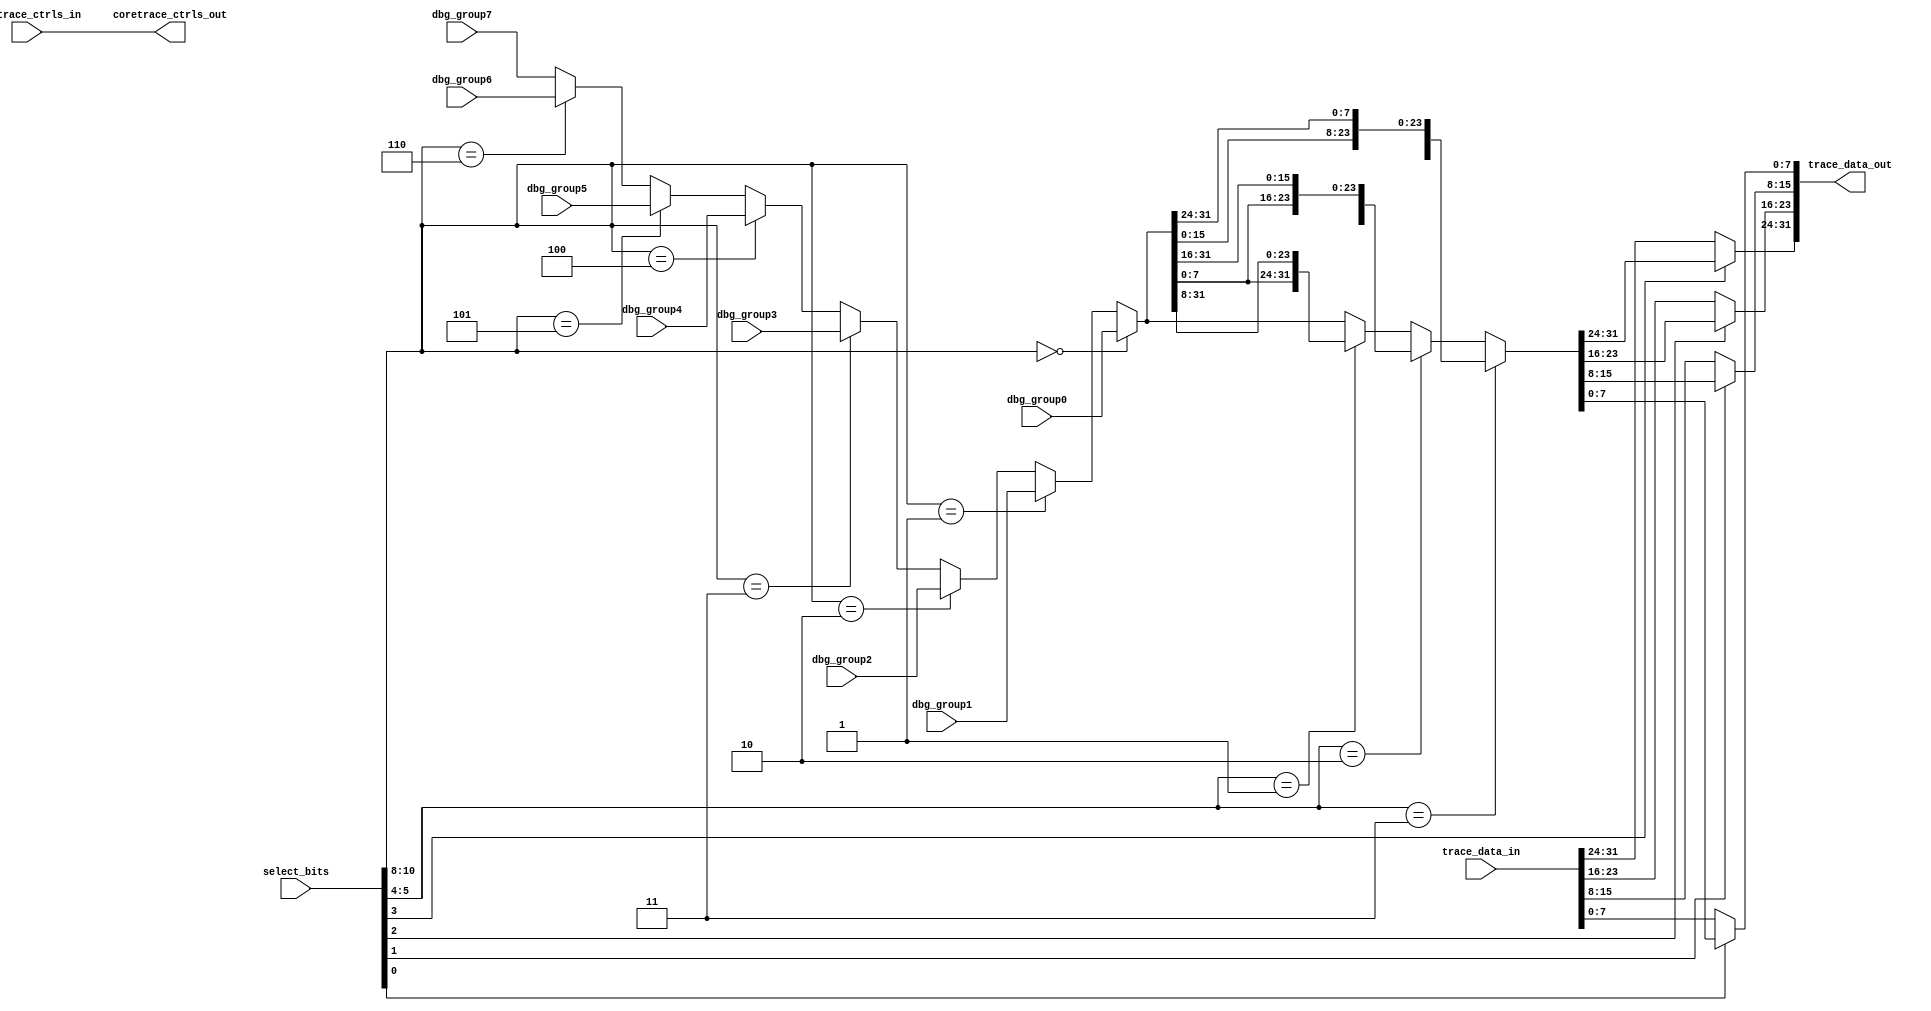
//  IBM Corp. 2020
// Licensed under the Apache License, Version 2.0 (the "License"), as modified by
// the terms below; you may not use the files in this repository except in
// compliance with the License as modified.
// You may obtain a copy of the License at http://www.apache.org/licenses/LICENSE-2.0
//
// Modified Terms:
//
//    1) For the purpose of the patent license granted to you in Section 3 of the
//    License, the "Work" hereby includes implementations of the work of authorship
//    in physical form.
//
//    2) Notwithstanding any terms to the contrary in the License, any licenses
//    necessary for implementation of the Work that are available from OpenPOWER
//    via the Power ISA End User License Agreement (EULA) are explicitly excluded
//    hereunder, and may be obtained from OpenPOWER under the terms and conditions
//    of the EULA.  
//
// Unless required by applicable law or agreed to in writing, the reference design
// distributed under the License is distributed on an "AS IS" BASIS, WITHOUT
// WARRANTIES OR CONDITIONS OF ANY KIND, either express or implied. See the License
// for the specific language governing permissions and limitations under the License.
// 
// Additional rights, including the ability to physically implement a softcore that
// is compliant with the required sections of the Power ISA Specification, are
// available at no cost under the terms of the OpenPOWER Power ISA EULA, which can be
// obtained (along with the Power ISA) here: https://openpowerfoundation.org. 

//********************************************************************
//*
//* TITLE: Debug Mux Component (8:1 Debug Groups; 4:1 Trigger Groups)
//*
//* NAME: tri_debug_mux8.vhdl
//*
//********************************************************************

module tri_debug_mux8(
//   vd,
//   gd,
   select_bits,
   dbg_group0,
   dbg_group1,
   dbg_group2,
   dbg_group3,
   dbg_group4,
   dbg_group5,
   dbg_group6,
   dbg_group7,
   trace_data_in,
   trace_data_out,
   // Instruction Trace (HTM) Controls
   coretrace_ctrls_in,
   coretrace_ctrls_out
);

// Include model build parameters
   parameter              DBG_WIDTH = 32;	// A2o=32; A2i=88

//=====================================================================
// Port Definitions
//=====================================================================

   input [0:10]           select_bits;
   input [0:DBG_WIDTH-1]  dbg_group0;
   input [0:DBG_WIDTH-1]  dbg_group1;
   input [0:DBG_WIDTH-1]  dbg_group2;
   input [0:DBG_WIDTH-1]  dbg_group3;
   input [0:DBG_WIDTH-1]  dbg_group4;
   input [0:DBG_WIDTH-1]  dbg_group5;
   input [0:DBG_WIDTH-1]  dbg_group6;
   input [0:DBG_WIDTH-1]  dbg_group7;
   input [0:DBG_WIDTH-1]  trace_data_in;
   output [0:DBG_WIDTH-1] trace_data_out;

// Instruction Trace (HTM) Control Signals:
//  0    - ac_an_coretrace_first_valid
//  1    - ac_an_coretrace_valid
//  2:3  - ac_an_coretrace_type[0:1]
   input  [0:3]           coretrace_ctrls_in;
   output [0:3]           coretrace_ctrls_out;

//=====================================================================
// Signal Declarations / Misc
//=====================================================================
   parameter              DBG_1FOURTH = DBG_WIDTH/4;
   parameter              DBG_2FOURTH = DBG_WIDTH/2;
   parameter              DBG_3FOURTH = 3 * DBG_WIDTH/4;

   wire [0:DBG_WIDTH-1]   debug_grp_selected;
   wire [0:DBG_WIDTH-1]   debug_grp_rotated;

// Don't reference unused inputs:
(* analysis_not_referenced="true" *)
   wire                   unused;
   assign unused = (|select_bits[3:4]) ;

// Instruction Trace controls are passed-through:
   assign coretrace_ctrls_out =  coretrace_ctrls_in ;

//=====================================================================
// Mux Function
//=====================================================================
   // Debug Mux

   assign debug_grp_selected = (select_bits[0:2] == 3'b000) ? dbg_group0 :
                               (select_bits[0:2] == 3'b001) ? dbg_group1 :
                               (select_bits[0:2] == 3'b010) ? dbg_group2 :
                               (select_bits[0:2] == 3'b011) ? dbg_group3 :
                               (select_bits[0:2] == 3'b100) ? dbg_group4 :
                               (select_bits[0:2] == 3'b101) ? dbg_group5 :
                               (select_bits[0:2] == 3'b110) ? dbg_group6 :
                               dbg_group7;

   assign debug_grp_rotated  = (select_bits[5:6] == 2'b11) ? {debug_grp_selected[DBG_1FOURTH:DBG_WIDTH - 1], debug_grp_selected[0:DBG_1FOURTH - 1]} :
                               (select_bits[5:6] == 2'b10) ? {debug_grp_selected[DBG_2FOURTH:DBG_WIDTH - 1], debug_grp_selected[0:DBG_2FOURTH - 1]} :
                               (select_bits[5:6] == 2'b01) ? {debug_grp_selected[DBG_3FOURTH:DBG_WIDTH - 1], debug_grp_selected[0:DBG_3FOURTH - 1]} :
                               debug_grp_selected[0:DBG_WIDTH - 1];


   assign trace_data_out[0:DBG_1FOURTH - 1]           = (select_bits[7] == 1'b0) ? trace_data_in[0:DBG_1FOURTH - 1] :
                                                        debug_grp_rotated[0:DBG_1FOURTH - 1];

   assign trace_data_out[DBG_1FOURTH:DBG_2FOURTH - 1] = (select_bits[8] == 1'b0) ? trace_data_in[DBG_1FOURTH:DBG_2FOURTH - 1] :
                                                        debug_grp_rotated[DBG_1FOURTH:DBG_2FOURTH - 1];

   assign trace_data_out[DBG_2FOURTH:DBG_3FOURTH - 1] = (select_bits[9] == 1'b0) ? trace_data_in[DBG_2FOURTH:DBG_3FOURTH - 1] :
                                                        debug_grp_rotated[DBG_2FOURTH:DBG_3FOURTH - 1];

   assign trace_data_out[DBG_3FOURTH:DBG_WIDTH - 1]   = (select_bits[10] == 1'b0) ? trace_data_in[DBG_3FOURTH:DBG_WIDTH - 1] :
                                                        debug_grp_rotated[DBG_3FOURTH:DBG_WIDTH - 1];

endmodule